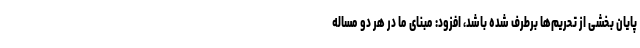
پایان بخشی از تحریم‌ها برطرف شده باشد، افزود: مبنای ما در هر دو مساله